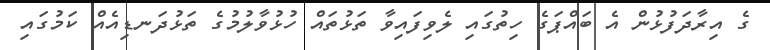
ގެ އިރާދަފުޅުން އެ ބައްޕަގެ ހިތުގައި ލެވިފައިވާ ތަޅުތައް ހުޅުވާލުމުގެ ތަޅުދަނޑިއެއް ކަމުގައި